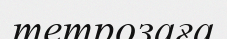
тетрозаға